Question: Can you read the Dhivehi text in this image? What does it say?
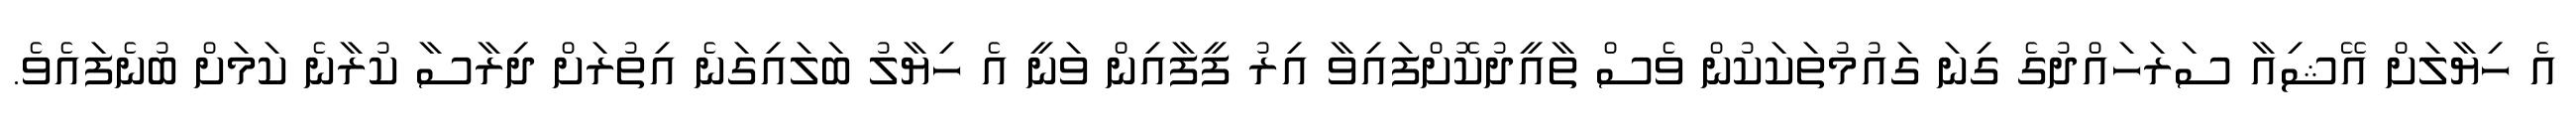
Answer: އެ ހިޔާލަށް އޭޝިއާ ސަރަހައްދުގެ ގިނަ ގައުމުތަކަކުން ވެސް ތާއީދުކޮށްފައިވާ އިރު ފީފާއިން ވަނީ އެ ހިޔާލު ބަލައިގަނެ އިތުރަށް ދިރާސާ ކުރާނެ ކަމަށް ބުނެފައެވެ.